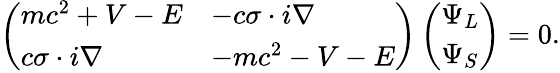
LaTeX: \left(\begin{array}{ll}{mc^{2}+V-E}&{-c\mathbf{\sigma}\cdot i\nabla}\\ {c\mathbf{\sigma}\cdot i\nabla}&{-mc^{2}-V-E}\end{array}\right)\left(\begin{array}{l}{\Psi_{L}}\\ {\Psi_{S}}\end{array}\right)=0.